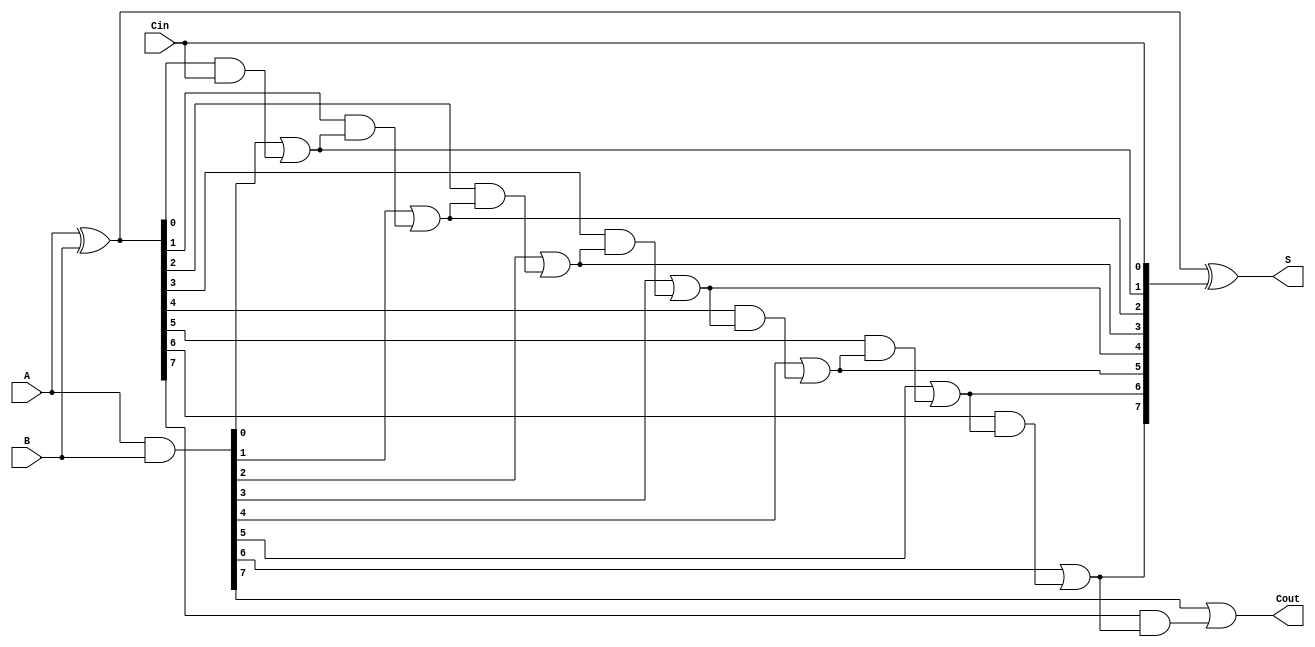
module VLCLA(
    input [7:0] A,          // 8-bit input A
    input [7:0] B,          // 8-bit input B
    input Cin,              // Carry input
    output [7:0] S,         // 8-bit sum output
    output Cout             // Carry output
);

    wire [7:0] G;           // Generate signals
    wire [7:0] P;           // Propagate signals
    wire [8:0] C;           // Carry signals (C[0] = Cin, C[7] = Cout)

    // Generate and Propagate calculations
    assign G = A & B;
    assign P = A ^ B;

    // Calculate carry signals
    assign C[0] = Cin;
    
    // Level 1 Carry calculation
    assign C[1] = G[0] | (P[0] & C[0]);
    assign C[2] = G[1] | (P[1] & C[1]);
    assign C[3] = G[2] | (P[2] & C[2]);
    assign C[4] = G[3] | (P[3] & C[3]);
    assign C[5] = G[4] | (P[4] & C[4]);
    assign C[6] = G[5] | (P[5] & C[5]);
    assign C[7] = G[6] | (P[6] & C[6]);
    assign C[8] = G[7] | (P[7] & C[7]);

    // Calculate sum outputs
    assign S = P ^ C[7:0];

    // Carry-out is the last carry signal
    assign Cout = C[8];

endmodule